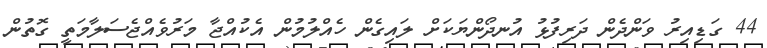
44 ގަޑިއިރު ވަންދެން ދަރިފުޅު އުނދޯންޔަކަށް ލައިގެން ހެއްލުމުން އެކުއްޖާ މަރުވެއްޖެސަލާމަތީ ގޮތުން